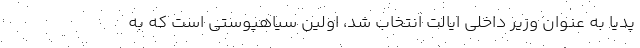
پدیا به عنوان وزیر داخلی ایالت انتخاب شد، اولین سیاهپوستی است که به